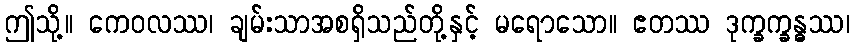
ဤသို့။ ကေဝလဿ၊ ချမ်းသာအစရှိသည်တို့နှင့် မရောသော။ ဧတဿ ဒုက္ခက္ခန္ဓဿ၊